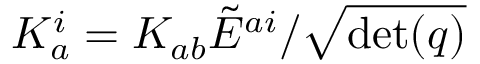
K _ { a } ^ { i } = K _ { a b } { \tilde { E } } ^ { a i } / { \sqrt { \operatorname* { d e t } ( q ) } }